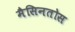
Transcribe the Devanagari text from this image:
मैसिनतोस